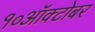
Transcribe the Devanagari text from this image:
१०ऑक्टोबर